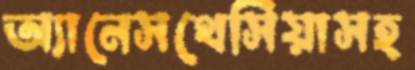
অ্যানেসথেসিয়াসহ